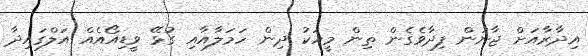
އިދާރާއަށް ޖާނުން ފިދާވެގެން ތިން މީހަކު ދިން ހަމަލާއާއި ގުޅޭ ވީޑިއޯއެއް އަލްގައިދާ